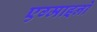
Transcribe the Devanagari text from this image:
एग्माइनो